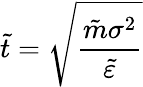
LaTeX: \tilde{t}=\sqrt{\frac{\tilde{m}\sigma^{2}}{\tilde{\varepsilon}}}